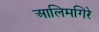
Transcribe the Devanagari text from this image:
आलिमगिरे